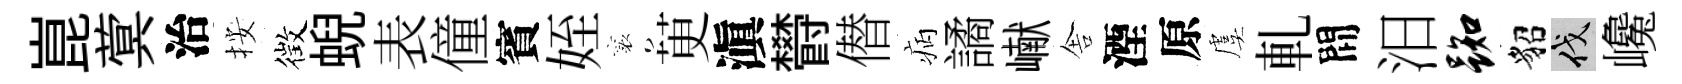
崑蓂治按徴蜺表僮賓姪襄茰滇欎僣病譎𪩘舎湮原虞軋間汨踟貂伐巉